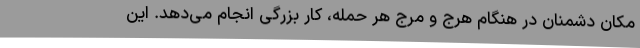
مکان دشمنان در هنگام هرج و مرج هر حمله، کار بزرگی انجام می‌دهد. این